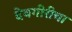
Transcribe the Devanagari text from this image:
देवगीरीचा